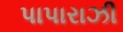
પાપારાઝી